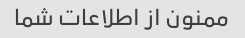
ممنون از اطلاعات شما